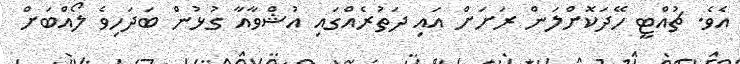
އެވެ. ޗުއްޓީ ހޭދަކޮށްލަން ރަށަށް އައި ދަތުރެއްގައި އުޝްވާއާ ގުޅުން ބަދަހިވެ ލޯއްބަށް